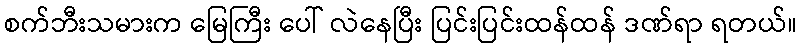
စက်ဘီးသမားက မြေကြီး ပေါ် လဲနေပြီး ပြင်းပြင်းထန်ထန် ဒဏ်ရာ ရတယ်။